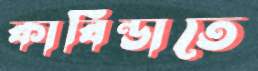
কাবিন্ডাতে